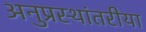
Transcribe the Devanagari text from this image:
अनुप्रस्थांतरीया